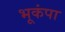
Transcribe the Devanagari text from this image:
भूकंपा